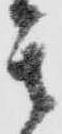
其